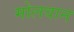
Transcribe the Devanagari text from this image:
मोलवान